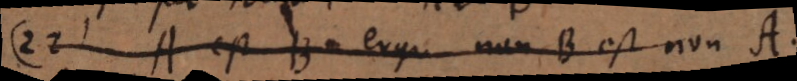
22) A est B ergo non B est non A.